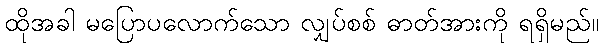
ထိုအခါ မပြောပလောက်သော လျှပ်စစ် ဓာတ်အားကို ရရှိမည်။